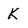
Character: K